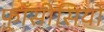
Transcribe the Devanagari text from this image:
फ़्राँसीसियों